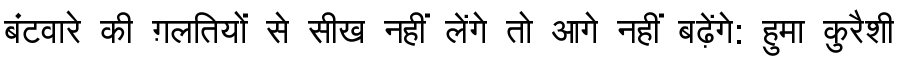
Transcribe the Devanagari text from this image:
बंटवारे की ग़लतियों से सीख नहीं लेंगे तो आगे नहीं बढ़ेंगे: हुमा कुरैशी